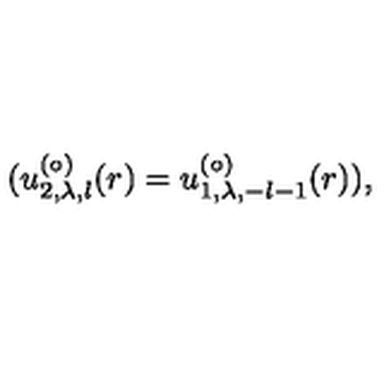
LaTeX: ( u _ { 2 , \lambda , l } ^ { ( \circ ) } ( r ) = u _ { 1 , \lambda , - l - 1 } ^ { ( \circ ) } ( r ) ) ,